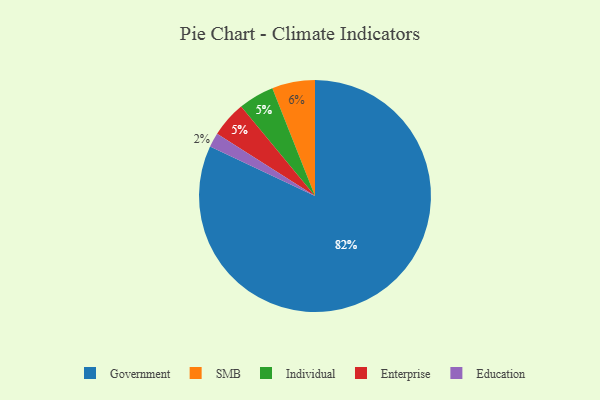
{"axis": {"x": "Category", "y": "Percentage"}, "legend": ["Education", "Enterprise", "Government", "Individual", "SMB"], "data": [{"x": "Individual", "y": 5, "type": "Individual"}, {"x": "Enterprise", "y": 5, "type": "Enterprise"}, {"x": "Government", "y": 82, "type": "Government"}, {"x": "SMB", "y": 6, "type": "SMB"}, {"x": "Education", "y": 2, "type": "Education"}]}